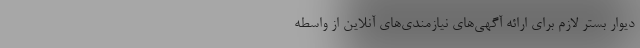
دیوار بستر لازم برای ارائه آگهی‌های نیازمندی‌های آنلاین از واسطه